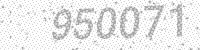
Solution: 950071